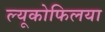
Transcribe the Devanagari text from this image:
ल्यूकोफिलया